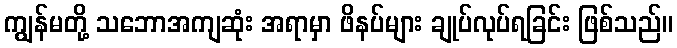
ကျွန်မတို့ သဘောအကျဆုံး အရာမှာ ဖိနပ်များ ချုပ်လုပ်ရခြင်း ဖြစ်သည်။